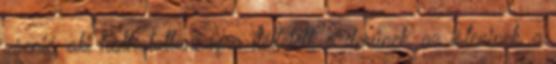
zsenié, aki halhatatlanságra ítéltetett, a derűnek, az isteninek, a